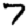
Digit: 7